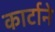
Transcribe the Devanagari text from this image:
कार्टाने